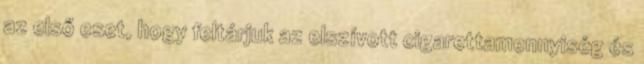
az első eset, hogy feltárjuk az elszívott cigarettamennyiség és